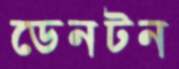
ডেনটন